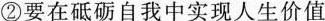
②要在砥砺自我中实现人生价值